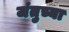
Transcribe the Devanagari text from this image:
जंतुच्या